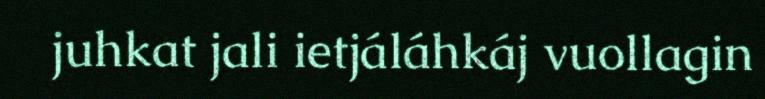
juhkat jali ietjáláhkáj vuollagin